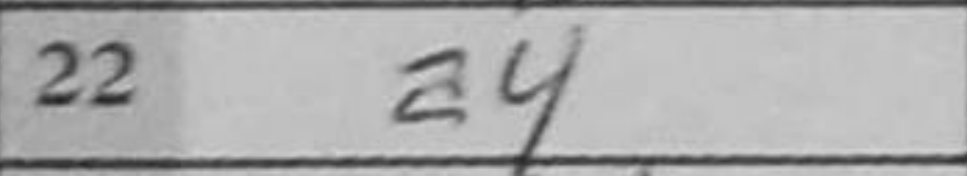
Transcription: a4